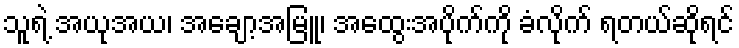
သူရဲ့ အယုအယ၊ အချော့အမြူ၊ အထွေးအပိုက်ကို ခံလိုက် ရတယ်ဆိုရင်